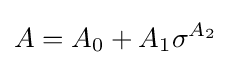
A=A_{0}+A_{1}\sigma ^{A_{2}}